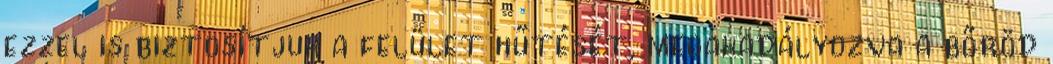
ezzel is biztosítjuk a felület hűtését, megakadályozva a bőröd